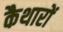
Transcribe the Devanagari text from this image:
कैथारों